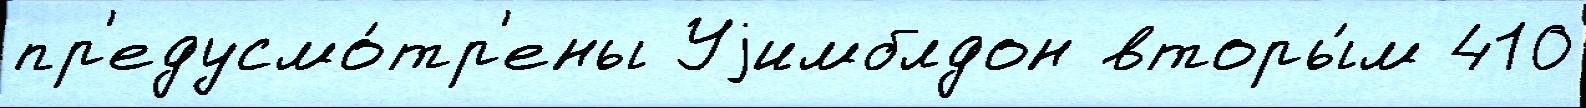
пр'едусмо́тр'ены Уjимблдон вторы́м 410